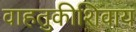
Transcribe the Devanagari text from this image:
वाहतुकीशिवाय